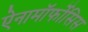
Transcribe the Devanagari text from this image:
ऐनामॉर्फोसिस